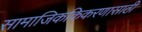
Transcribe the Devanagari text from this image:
सामाजिककिकरणासाठी